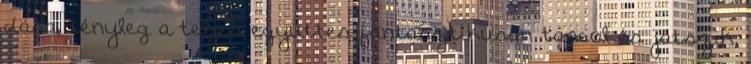
dása, tényleg a teljes együttes fantasztikusan táncol és játszik,